Report of the Municipal Commissioner on the plague in Bombay for the year ending 31st May... - Volume 3
Disease focus: Plague
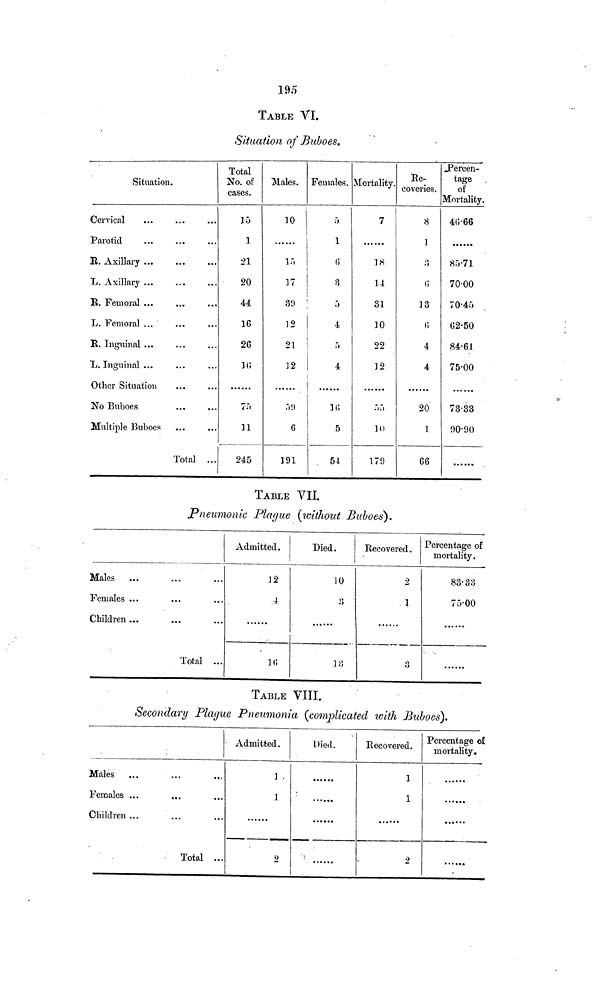
195
TABLE VI.
Situation of Buboes.
Situation.
Cervical
Parotid
B. Axillary
L. Axillary ...
B. Femoral ...
L. Femoral ...
B. Inguinal ...
L. Inguinal ...
Other Situation
No Buboes
Multiple Buboes
Total ...
Total
No. of
cases.
15
1
21
20
44
16
26
16
75
n
245
Males.
10
15
17
39
1 2
21
12
59
6
191
Females.
5
1
6
3
5
4
5
4
16
5
54
Mortality.
7
18
14
31
10
22
12
55
10
179
Re-
coveries.
8
1
3
6
13
6
4
4
20
1
66
Percen-
tage
of
Mortality
46·66
85·71
70·00
70·45
62·50
84·61
75·00
73-33
90-90
TABLE VII.
Pneumonic Playue (without Buboes).
Males
Females ...
Children ...
Total ...
Admitted .
12
4
16
Died.
10
3
13
Recovered .
2
1
Percentage of
mortality.
83·33
75·00
TABLE VIII.
Secondary Plague Pneumonia (complicated with Buboes).
Males
Females ...
Children ...
Total ...
Admitted .
] ,
1
2
Died.
Recovered.
1
1
2
Percentage of
mortality.